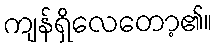
ကျန်ရှိလေတော့၏။